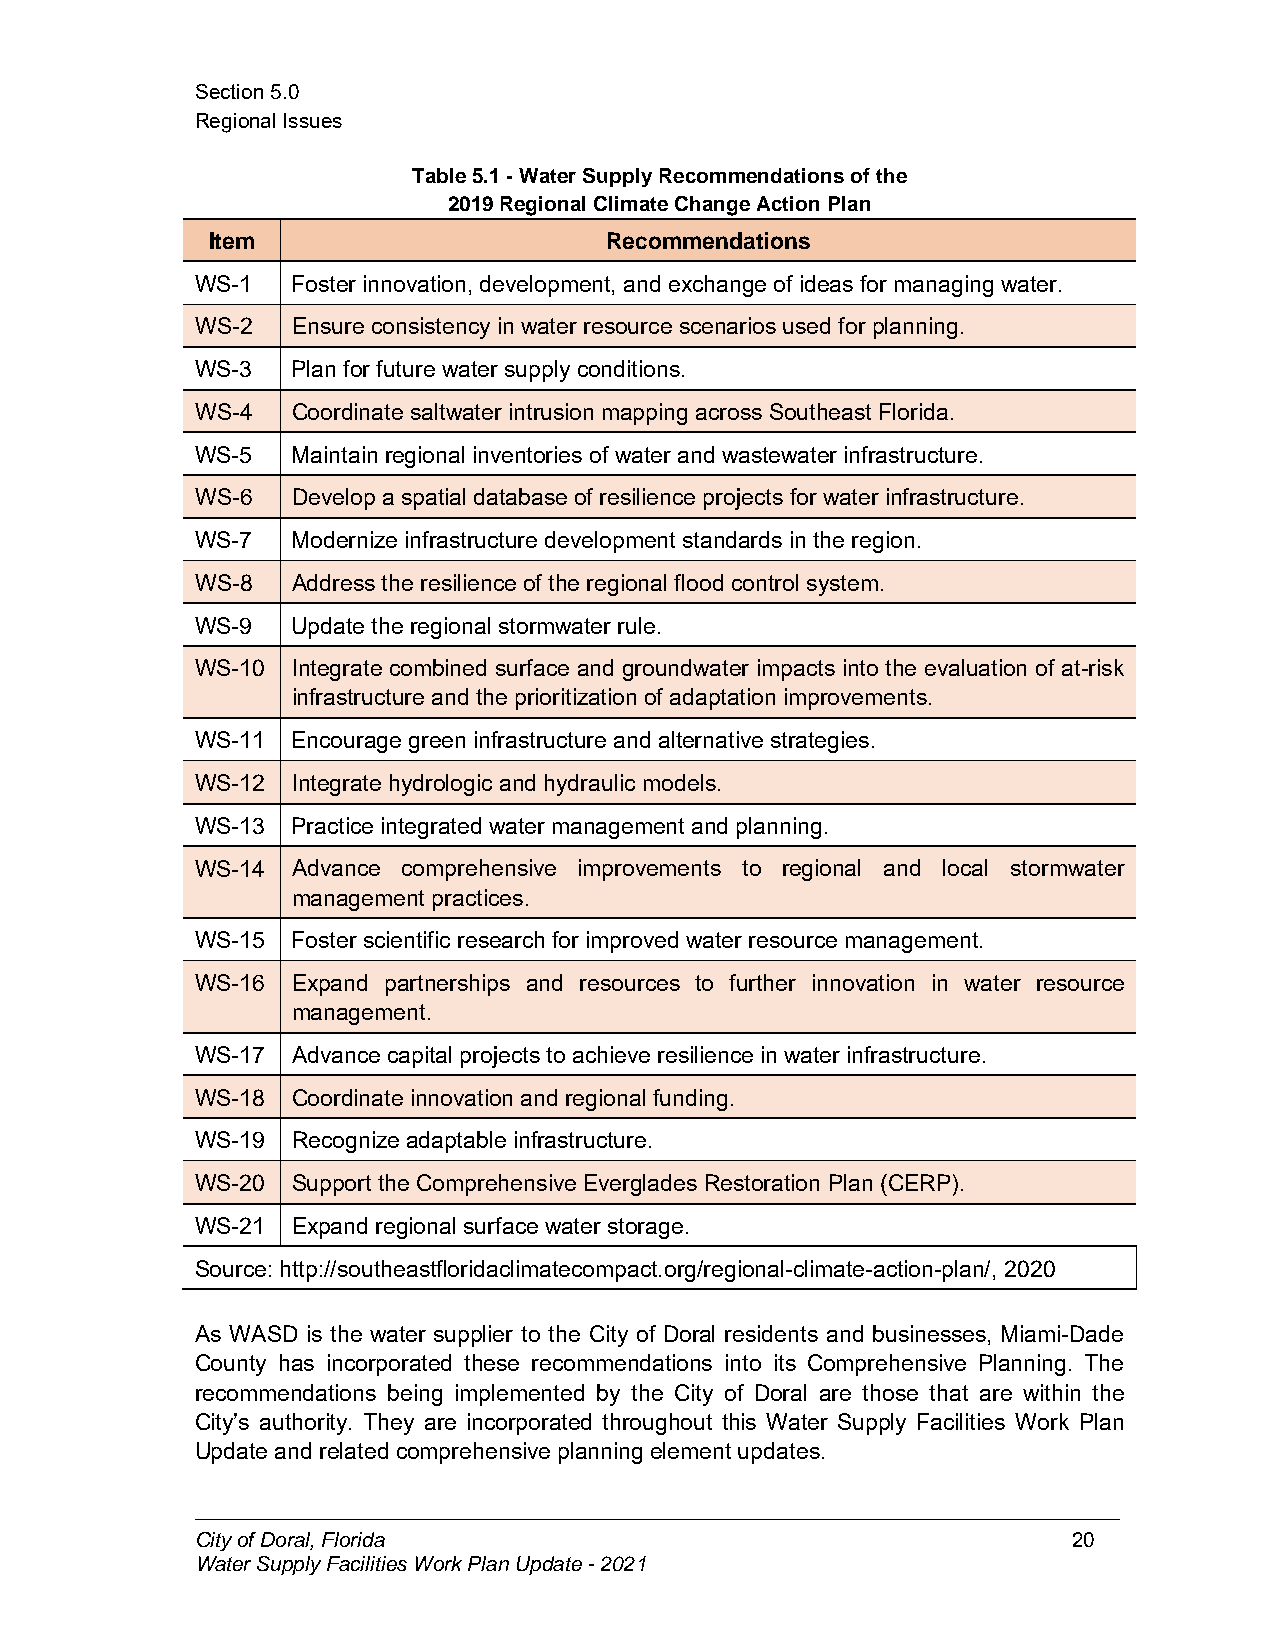
Section5.0
 RegionalIssues
 Table5.1-WaterSupplyRecommendationsofthe
 2019RegionalClimateChangeActionPlan
 Item                      Recommendations
 WS-1  Foster innovation, development, andexchangeof ideas formanaging water.
 WS-2  Ensure consistency in water resourcescenariosused for planning.
 WS-3  Plan for futurewater supply conditions.
 WS-4  Coordinate saltwater intrusion mapping across Southeast Florida.
 WS-5  Maintain regional inventories of water andwastewater infrastructure.
 WS-6  Develop a spatial database of resilience projects for water infrastructure.
 WS-7  Modernizeinfrastructuredevelopment standards in theregion.
 WS-8  Address theresilience of theregional floodcontrol system.
 WS-9  Update theregional stormwater rule.
 WS-10 Integrate combined surface and groundwater impacts into the evaluation of at-risk
 infrastructureandthe prioritization of adaptationimprovements.
 WS-11 Encourage green infrastructureand alternative strategies.
 WS-12 Integratehydrologic andhydraulic models.
 WS-13 Practice integrated water management andplanning.
 WS-14 Advance comprehensive improvements to regional and local stormwater
 management practices.
 WS-15 Foster scientific researchfor improvedwater resourcemanagement.
 WS-16 Expand partnerships and resources to further innovation in water resource
 management.
 WS-17 Advance capital projectsto achieveresilience in water infrastructure.
 WS-18 Coordinate innovationand regional funding.
 WS-19 Recognize adaptable infrastructure.
 WS-20 Support theComprehensive Everglades Restoration Plan (CERP).
 WS-21 Expand regional surfacewater storage.
 Source: http://southeastfloridaclimatecompact.org/regional-climate-action-plan/, 2020
 As WASD is the water supplier to the City of Doral residents and businesses, Miami-Dade
 County has incorporated these recommendations into its Comprehensive Planning. The
 recommendations being implemented by the City of Doral are those that are within the
 City’s authority. They are incorporated throughout this Water Supply Facilities Work Plan
 Update andrelatedcomprehensive planning element updates.
 CityofDoral,Florida                                       20
 WaterSupplyFacilitiesWorkPlanUpdate-2021